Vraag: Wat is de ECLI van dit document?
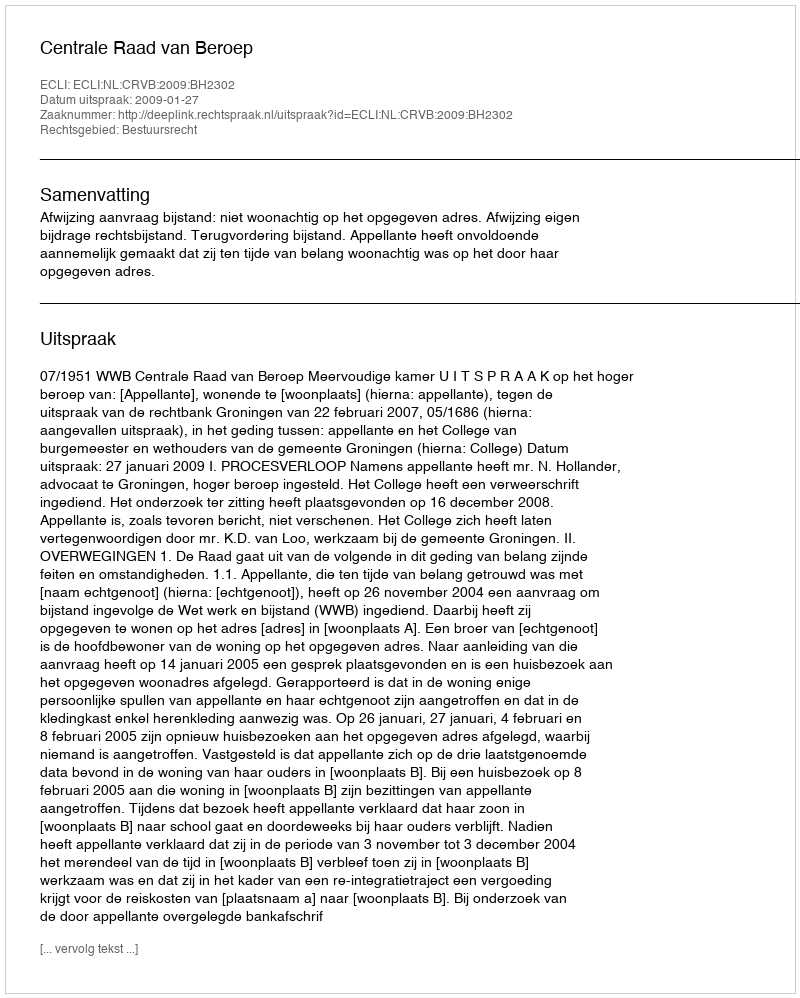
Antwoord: ECLI:NL:CRVB:2009:BH2302